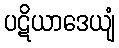
ပဋိယာဒေယျံ